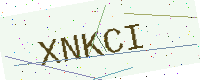
Text: XNKCI